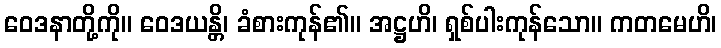
ဝေဒနာတို့ကို။ ဝေဒယန္တိ၊ ခံစားကုန်၏။ အဋ္ဌဟိ၊ ရှစ်ပါးကုန်သော။ ကတမေဟိ၊